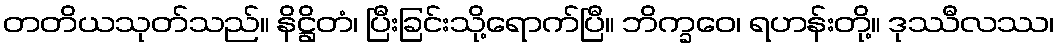
တတိယသုတ်သည်။ နိဋ္ဌိတံ၊ ပြီးခြင်းသို့ရောက်ပြီ။ ဘိက္ခဝေ၊ ရဟန်းတို့။ ဒုဿီလဿ၊